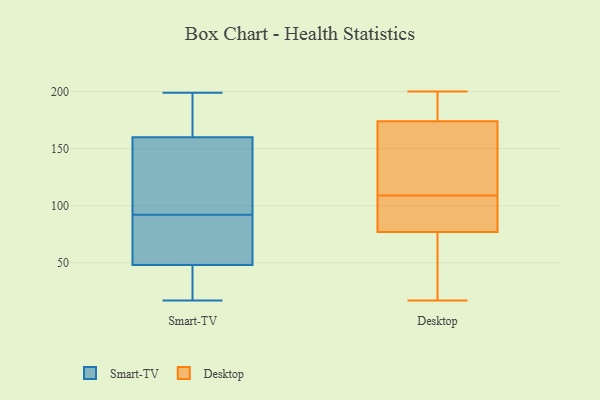
{"axis": {"x": "Operating Costs (USD K)", "y": "Value"}, "legend": ["Desktop", "Smart-TV"], "data": [{"x": "", "y": 17, "type": "Smart-TV"}, {"x": "", "y": 41, "type": "Smart-TV"}, {"x": "", "y": 18, "type": "Smart-TV"}, {"x": "", "y": 160, "type": "Smart-TV"}, {"x": "", "y": 69, "type": "Smart-TV"}, {"x": "", "y": 88, "type": "Smart-TV"}, {"x": "", "y": 29, "type": "Smart-TV"}, {"x": "", "y": 160, "type": "Smart-TV"}, {"x": "", "y": 59, "type": "Smart-TV"}, {"x": "", "y": 199, "type": "Smart-TV"}, {"x": "", "y": 131, "type": "Smart-TV"}, {"x": "", "y": 34, "type": "Smart-TV"}, {"x": "", "y": 116, "type": "Smart-TV"}, {"x": "", "y": 74, "type": "Smart-TV"}, {"x": "", "y": 183, "type": "Smart-TV"}, {"x": "", "y": 55, "type": "Smart-TV"}, {"x": "", "y": 193, "type": "Smart-TV"}, {"x": "", "y": 96, "type": "Smart-TV"}, {"x": "", "y": 152, "type": "Smart-TV"}, {"x": "", "y": 166, "type": "Smart-TV"}, {"x": "", "y": 87, "type": "Desktop"}, {"x": "", "y": 170, "type": "Desktop"}, {"x": "", "y": 178, "type": "Desktop"}, {"x": "", "y": 54, "type": "Desktop"}, {"x": "", "y": 115, "type": "Desktop"}, {"x": "", "y": 183, "type": "Desktop"}, {"x": "", "y": 17, "type": "Desktop"}, {"x": "", "y": 93, "type": "Desktop"}, {"x": "", "y": 103, "type": "Desktop"}, {"x": "", "y": 67, "type": "Desktop"}, {"x": "", "y": 200, "type": "Desktop"}, {"x": "", "y": 166, "type": "Desktop"}]}